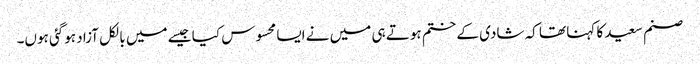
صنم سعید کا کہنا تھا کہ شادی کے ختم ہوتے ہی میں نے ایسا محسوس کیا جیسے میں بالکل آزاد ہوگئی ہوں۔